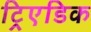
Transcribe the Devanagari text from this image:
ट्रिएडिक